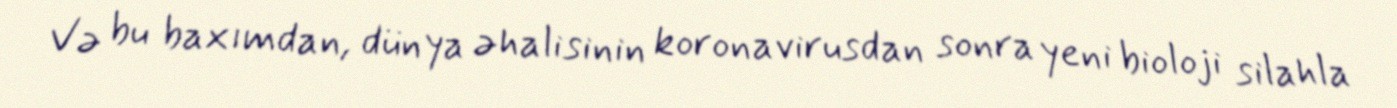
Və bu baxımdan, dünya əhalisinin koronavirusdan sonra yeni bioloji silahla